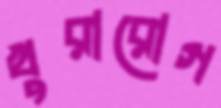
খুরারোগ